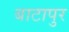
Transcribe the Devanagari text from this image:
बाटापुर